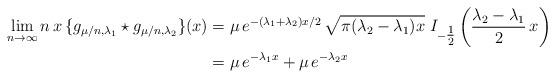
LaTeX: \begin{align*}\lim_{n\to\infty}n\, x\, \{g_{\mu/n,\lambda_1}\star g_{\mu/n,\lambda_2}\}(x) &= \mu\, e^{-(\lambda_1+\lambda_2)x/2}\, \sqrt{\pi(\lambda_2-\lambda_1)x}\;I_{-\tfrac{1}{2}}\left(\frac{\lambda_2-\lambda_1}{2}\, x\right) \\ &= \mu\,e^{-\lambda_1 x}+\mu\, e^{-\lambda_2 x}\end{align*}